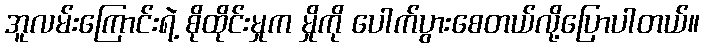
အူလမ်းကြောင်းရဲ့ စိုထိုင်းမှုက မှိုကို ပေါက်ပွားစေတယ်လို့ပြောပါတယ်။